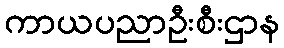
ကာယပညာဦးစီးဌာန